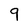
Character: 9